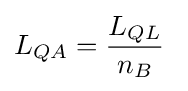
L_{QA}={\frac {L_{QL}}{n_{B}}}\